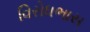
વિરોધભાસ